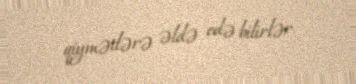
qiymətlərə əldə edə bilirlər.